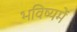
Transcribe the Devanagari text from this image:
भविष्‍यमें